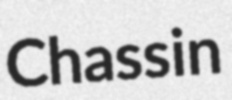
Chassin